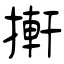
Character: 搟